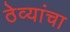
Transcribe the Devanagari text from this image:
ठेव्यांचा